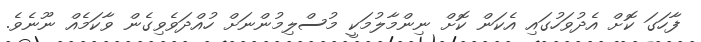
ފާހަގަ ކޮށް އެދުވަހުގައި އެކަން ކޮށް ނިންމާލުމަކީ މުސްލިމުންނަށް ހުއްދަވެވިގެން ވާކަމެއް ނޫނެވެ.